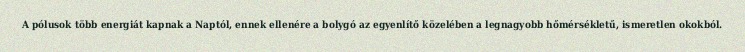
A pólusok több energiát kapnak a Naptól, ennek ellenére a bolygó az egyenlítő közelében a legnagyobb hőmérsékletű, ismeretlen okokból.